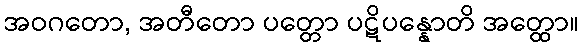
အဝဂတော, အတီတော ပတ္တော ပဋိပန္နောတိ အတ္ထော။